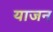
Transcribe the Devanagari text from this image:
याजन